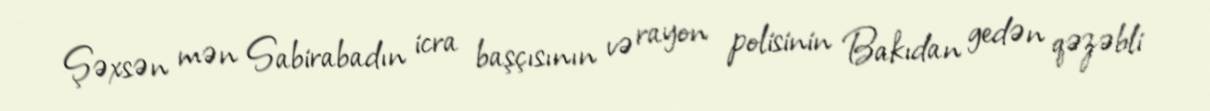
Şəxsən mən Sabirabadın icra başçısının və rayon polisinin Bakıdan gedən qəzəbli